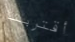
أقتربنا